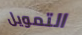
التمويل